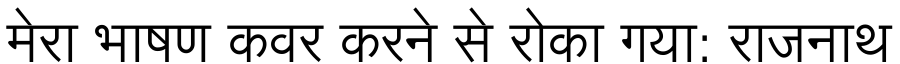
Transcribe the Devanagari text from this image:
मेरा भाषण कवर करने से रोका गया: राजनाथ